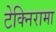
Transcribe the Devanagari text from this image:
टेक्निरामा